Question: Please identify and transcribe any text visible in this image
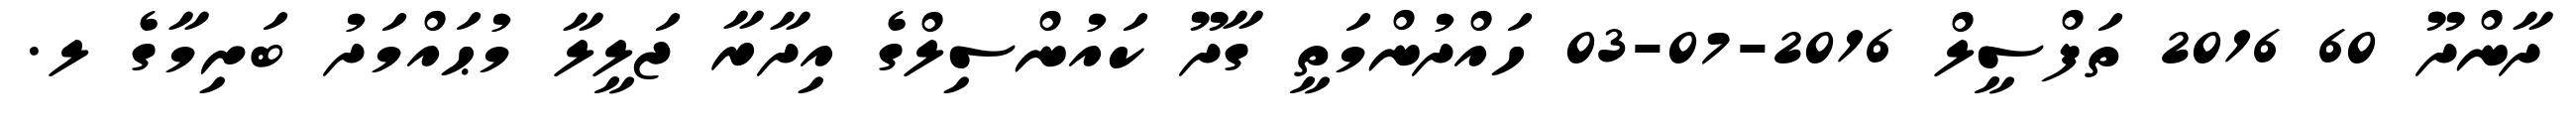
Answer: ދާންދޫ 60 2016 ތަފްސީލް 2016-07-03 ހައްދުންމަތީ ގާދޫ ކައުންސިލްގެ އިދާރާ ޖަލީލާ މުޙައްމަދު ބަށިމާގެ ލ.